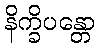
နိက္ခိပန္တော